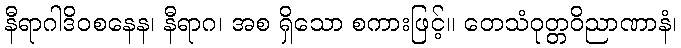
နီရာဂါဒိဝစနေန၊ နီရာဂ၊ အစ ရှိသော စကားဖြင့်။ တေသံဝုတ္တဝိညာဏာနံ၊